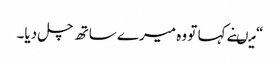
“ میںنے کہا تو وہ میرے ساتھ چل دیا۔